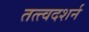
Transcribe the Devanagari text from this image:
तत्त्वदशर्न